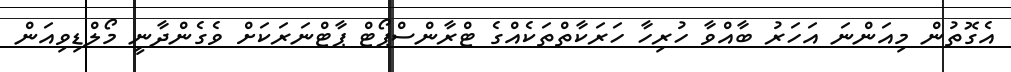
އެގޮތުން މިއަންނަ އަހަރު ބާއްވާ ހުރިހާ ހަރަކާތްތަކެއްގެ ޓްރާންސްޕޯޓް ޕާޓްނަރަކަށް ވެގެންދާނީ މޯލްޑިވިއަން